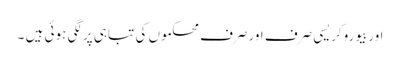
اوربیوروکریسی صرف اورصرف محکموں کی تباہی پرلگی ہوئی ہیں ۔